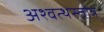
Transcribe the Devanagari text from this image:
अश्वत्थस्तोत्र